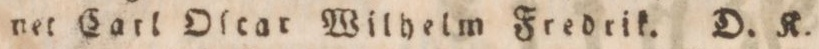
net Carl Olcar Wilhelm Fredrik. D. K.